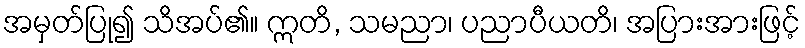
အမှတ်ပြု၍ သိအပ်၏။ ဣတိ, သမညာ၊ ပညာပီယတိ၊ အပြားအားဖြင့်